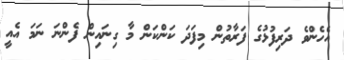
އެހެންވެ ދަރިފުޅުގެ ފަރާތުން މިފަދަ ކަންކަން މާ ގިނައިން ފެންނަ ނަމަ އެއީ